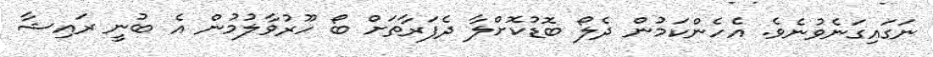
ނަގައިގަނެވުނެވެ. އެހެންކަމުން ދެލޯ ބޮޑުކޮށްލާ ދެފަރާތަށް ބޯ ހޫރުވާލުމުން އެ ބުނީ ރައިޝާ